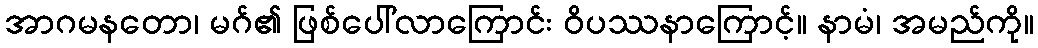
အာဂမနတော၊ မဂ်၏ ဖြစ်ပေါ်လာကြောင်း ဝိပဿနာကြောင့်။ နာမံ၊ အမည်ကို။